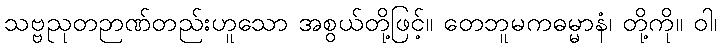
သဗ္ဗညုတဉာဏ်တည်းဟူသော အစွယ်တို့ဖြင့်။ တေဘူမကဓမ္မာနံ၊ တို့ကို။ ဝါ၊